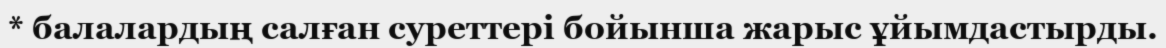
* балалардың салған суреттері бойынша жарыс ұйымдастырды.